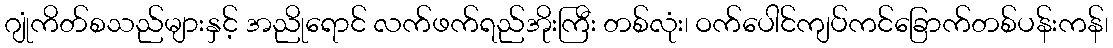
ဂျုံကိတ်စသည်များနှင့် အညိုရောင် လက်ဖက်ရည်အိုးကြီး တစ်လုံး၊ ဝက်ပေါင်ကျပ်ကင်ခြောက်တစ်ပန်းကန်၊